Vaccination in Burma 1912-1922 - 1912-1922
Year: 1912
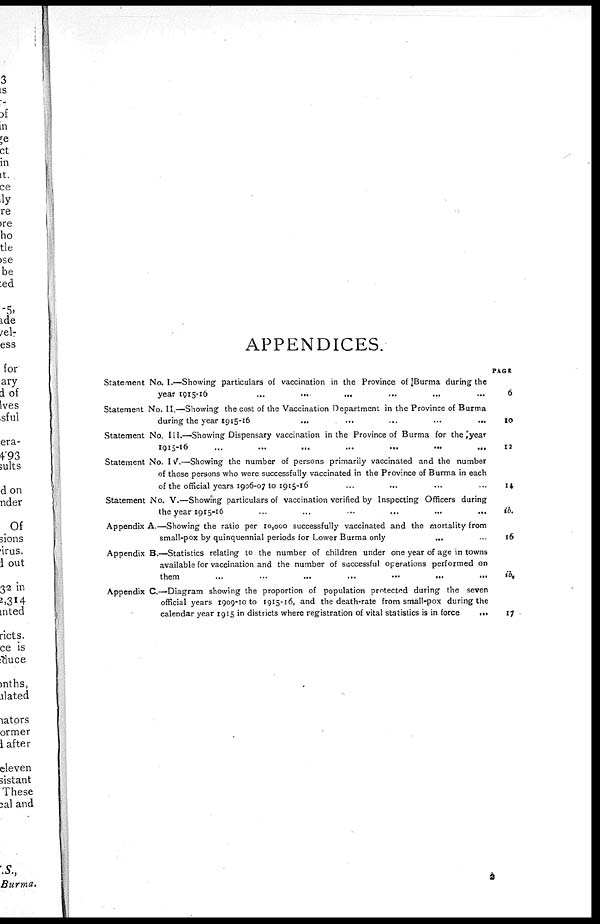
APPENDICES.
Statement No. I.—Showing particulars of vaccination in the Province of Burma during the
year 1915-16
...
...
...
...
...
...
Statement No. II.—Showing the cost of the Vaccination Department in the Province of Burma
during the year 1915-16 ... ... ... ... ...
Statement No. III.—Showing Dispensary vaccination in the Province of Burma for the year
1915-16
...
...
...
...
...
...
...
Statement No. IV.—Showing the number of persons primarily vaccinated and the number
of those persons who were successfully vaccinated in the Province of Burma in each
of the official years 1906-07 to 1915-16 ... ... ... ...
Statement No. V.—Showing particulars of vaccination verified by Inspecting Officers during
the year 1915-16 ... ... ... ... ... ...
Appendix A.—Showing the ratio per 10,000 successfully vaccinated and the mortality from
small-pox by quinquennial periods for Lower Burma only ... ...
Appendix B.—Statistics relating to the number of children under one year of age in towns
available for vaccination and the number of successful operations performed on
them
...
...
...
...
...
...
...
Appendix C—Diagram showing the proportion of population protected during the seven
official years 1909-10 to 1915-16, and the death-rate from small-pox during the
calendar year 1915 in districts where registration of vital statistics is in force
...
PAGE
6
10
12
14
ib.
16
ib.
17
2